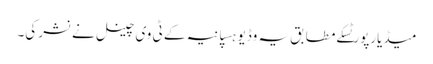
میڈیارپورٹسکے مطابق یہ وڈیو ہسپانیہ کے ٹی وی چینل نے نشر کی۔